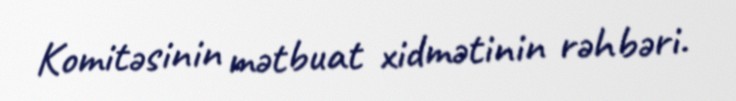
Komitəsinin mətbuat xidmətinin rəhbəri.